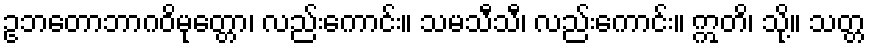
ဥဘတောဘာဂဝိမုတ္တော၊ လည်းကောင်း။ သမသီသီ၊ လည်းကောင်း။ ဣတိ၊ သို့။ သတ္တ